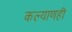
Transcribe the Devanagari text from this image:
कल्याणही